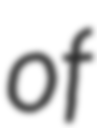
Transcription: of